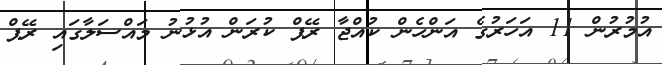
އުމުރުން 11 އަހަރުގެ އަންހެން ކުއްޖާ ރޭޕް ކުރަން އުޅުނު މައްސަލާގައި ރޭޕް